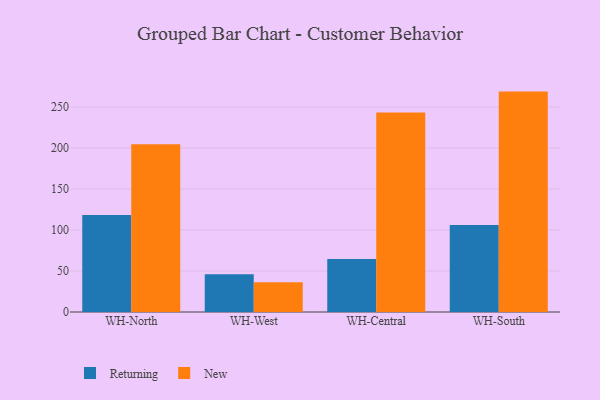
{"axis": {"x": "Warehouse", "y": "Churn Rate (%)"}, "legend": ["New", "Returning"], "data": [{"x": "WH-North", "y": 118.3, "type": "Returning"}, {"x": "WH-North", "y": 204.6, "type": "New"}, {"x": "WH-West", "y": 46.1, "type": "Returning"}, {"x": "WH-West", "y": 36.3, "type": "New"}, {"x": "WH-Central", "y": 64.7, "type": "Returning"}, {"x": "WH-Central", "y": 243.4, "type": "New"}, {"x": "WH-South", "y": 106.2, "type": "Returning"}, {"x": "WH-South", "y": 268.8, "type": "New"}]}